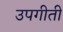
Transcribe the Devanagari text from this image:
उपगीती